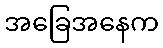
အခြေအနေက